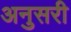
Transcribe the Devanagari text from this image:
अनुसरी